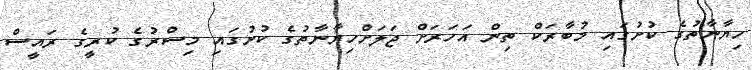
ހިޔާނާތުގެ ކުށުގައި މުބާރަކް ތިން އަހަރަށް ޖަލަށްހިޔާނާތުގެ ކުށުގައި މިސްރުގެ ކުރީގެ ރައީސް